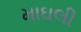
માઘલી